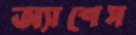
অ্যাশেস